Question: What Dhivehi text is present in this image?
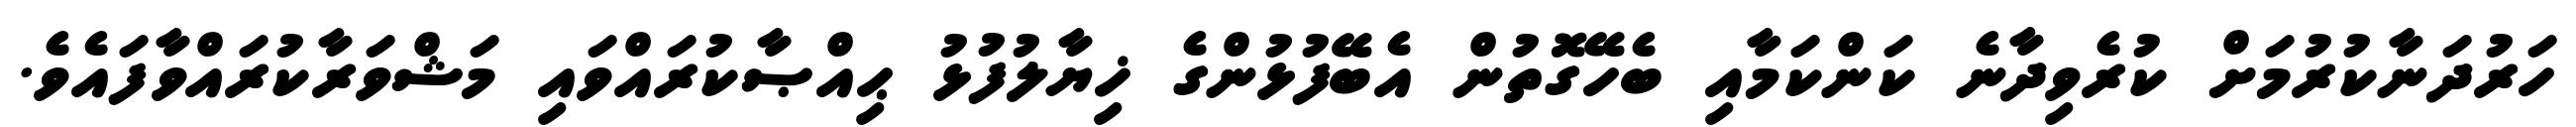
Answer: ހަރުދަނާކުރުމަށް ކުރެވިދާނެ ކަންކަމާއި ބެހޭގޮތުން އެބޭފުޅުންގެ ޚިޔާލުފުޅު ޙިއްޞާކުރައްވައި މަޝްވަރާކުރައްވާފައެވެ.